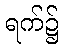
ရက်၌